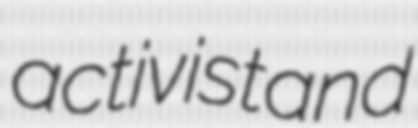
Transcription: activist and